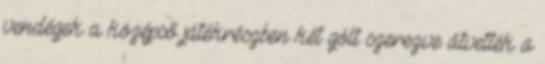
vendégek a középső játékrészben két gólt szerezve átvették a